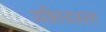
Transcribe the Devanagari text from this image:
व्यक्तित्वअलग